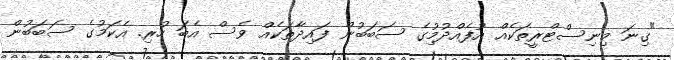
"ގިނަ މިނިސްޓްރީތަކެއް އުފެއްދުމިުގެ ސަބަބުން ފައިދާތަކެއް ވެސް އެބަ ހުރި. އެކަމުގެ ސަބަބުން